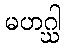
မဟဂ္ဃါ